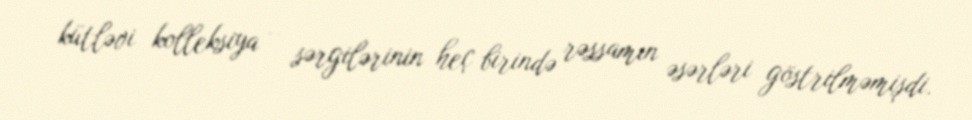
kütləvi kolleksiya – sərgilərinin heç birində rəssamın əsərləri göstrilməmişdi.